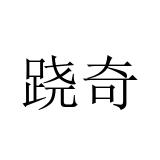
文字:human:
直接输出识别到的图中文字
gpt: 跷奇